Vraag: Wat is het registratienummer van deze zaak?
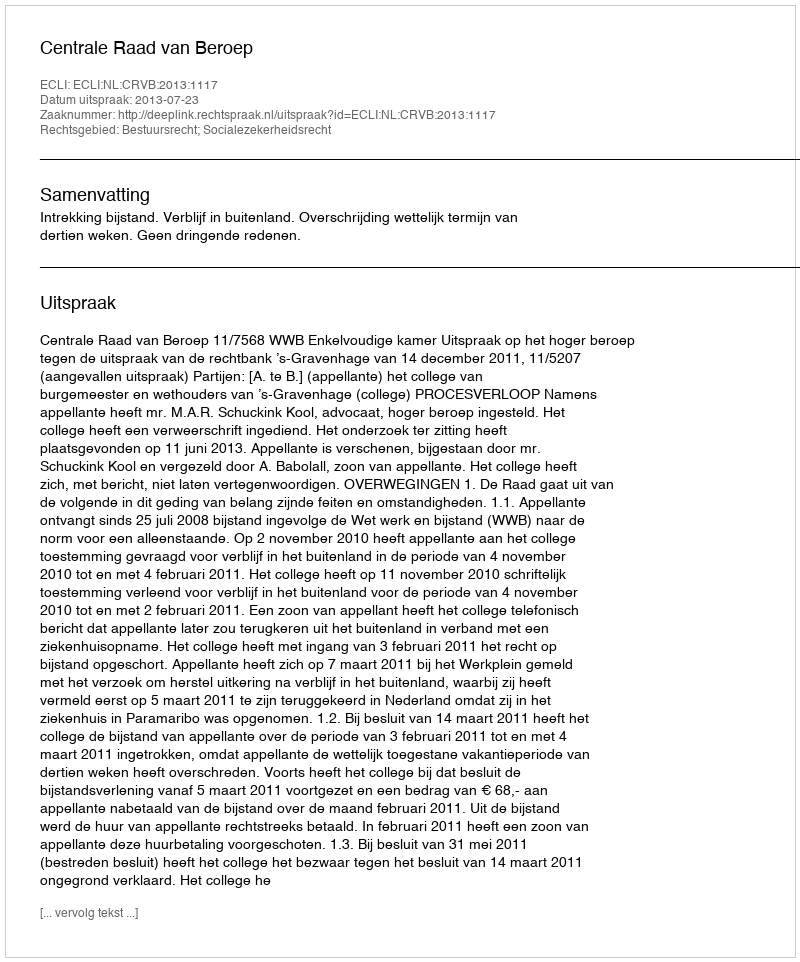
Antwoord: http://deeplink.rechtspraak.nl/uitspraak?id=ECLI:NL:CRVB:2013:1117